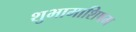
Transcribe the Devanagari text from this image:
शुभामाशिषम